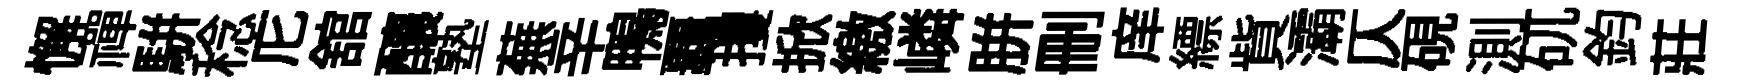
懈禪駢稔庀舘釀塾蕪辛鴨覊攫掀繳嶙胼删庠縹貲灞仄硯測矹鈞莊